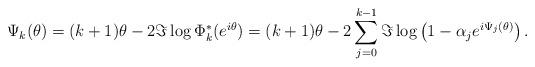
LaTeX: \begin{align*} \Psi_k(\theta) = (k+1) \theta - 2 \Im \log \Phi_{k}^*(e^{i \theta})= (k+1) \theta - 2 \sum_{j=0}^{k-1} \Im \log \left(1 - \alpha_{j} e^{ i \Psi_{j}(\theta)} \right). \end{align*}